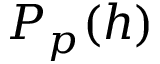
P _ { p } ( h )